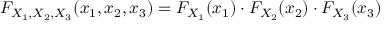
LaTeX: F _ { X _ { 1 } , X _ { 2 } , X _ { 3 } } ( x _ { 1 } , x _ { 2 } , x _ { 3 } ) = F _ { X _ { 1 } } ( x _ { 1 } ) \cdot F _ { X _ { 2 } } ( x _ { 2 } ) \cdot F _ { X _ { 3 } } ( x _ { 3 } )